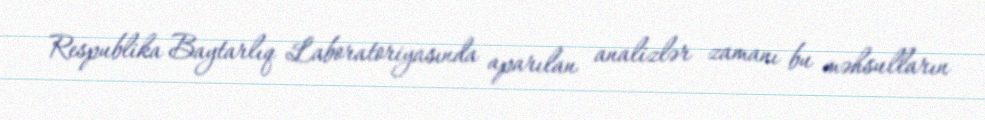
Respublika Baytarlıq Laboratoriyasında aparılan analizlər zamanı bu məhsulların